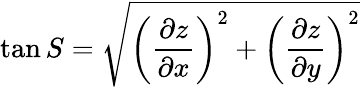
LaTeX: \tan S={\sqrt{\left({\frac{\partial z}{\partial x}}\right)^{2}+\left({\frac{\partial z}{\partial y}}\right)^{2}}}